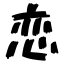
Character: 恋